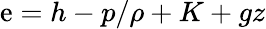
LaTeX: \mathrm{e}=h-p/\rho+K+gz